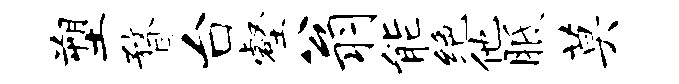
塑瞀台壑翁能绝他胝莫